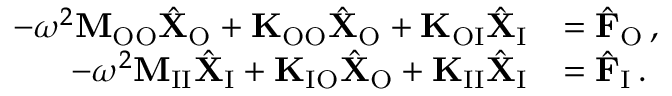
\begin{array} { r l } { - \omega ^ { 2 } \mathbf { M } _ { \mathrm { O O } } \hat { \mathbf { X } } _ { \mathrm { O } } + \mathbf { K } _ { \mathrm { O O } } \hat { \mathbf { X } } _ { \mathrm { O } } + \mathbf { K } _ { \mathrm { O I } } \hat { \mathbf { X } } _ { \mathrm { I } } } & { = \hat { \mathbf { F } } _ { \mathrm { O } } \, , } \\ { - \omega ^ { 2 } \mathbf { M } _ { \mathrm { I I } } \hat { \mathbf { X } } _ { \mathrm { I } } + \mathbf { K } _ { \mathrm { I O } } \hat { \mathbf { X } } _ { \mathrm { O } } + \mathbf { K } _ { \mathrm { I I } } \hat { \mathbf { X } } _ { \mathrm { I } } } & { = \hat { \mathbf { F } } _ { \mathrm { I } } \, . } \end{array}